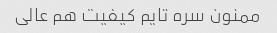
ممنون سره تایم کیفیت هم عالی